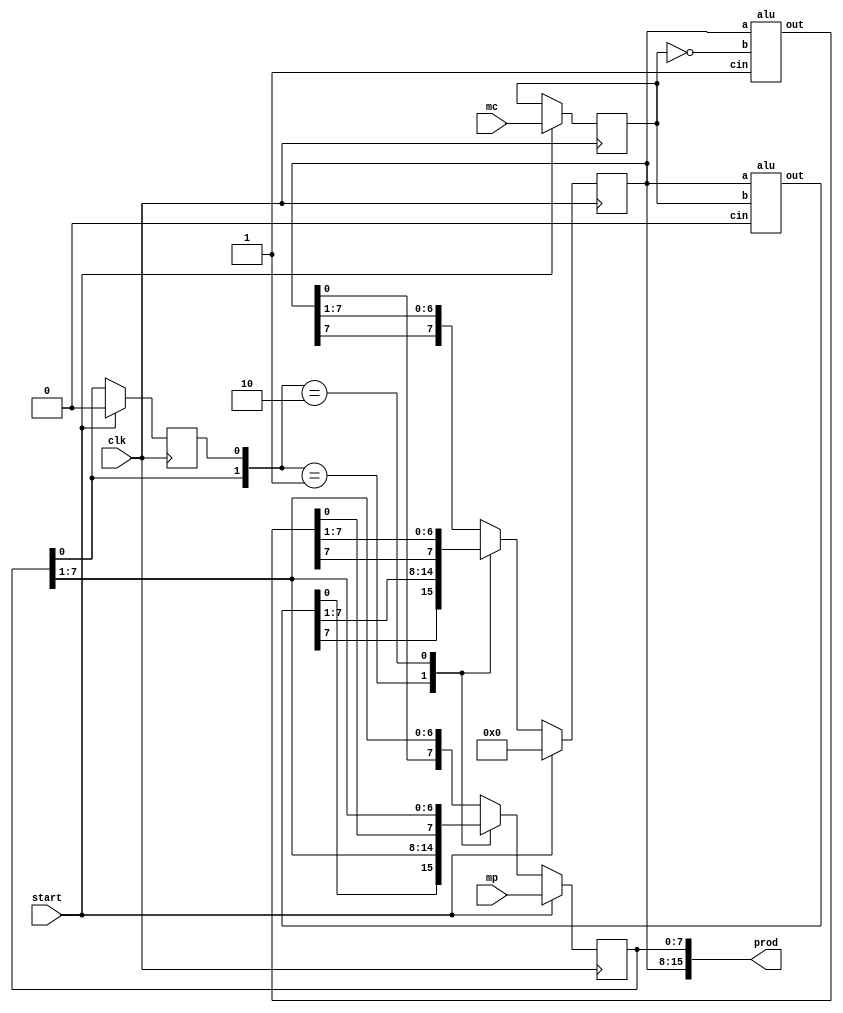
`timescale 1ns / 1ps
//////////////////////////////////////////////////////////////////////////////////
// Company: 
// Engineer: 
// 
// Design Name: 
// Module Name:    BoothMultiplier 
// Project Name: 
// Target Devices: 
// Tool versions: 
// Description: 
//
// Dependencies: 
//
// Revision: 
// Revision 0.01 - File Created
// Additional Comments: 
//
//////////////////////////////////////////////////////////////////////////////////
module BoothMultiplier(prod, mc, mp, clk, start);
	output [15:0] prod;
	input [7:0] mc, mp;
	input clk, start;
	reg [7:0] A, Q, M;
	reg Q_1;
	reg [3:0] count;
	wire [7:0] sum, difference;
	always 
	@(posedge clk)
	begin
	if (start) begin
	A <= 8'b0;      
	M <= mc;
	Q <= mp;
	Q_1 <= 1'b0;      
	count <= 4'b0;
	end
	else begin
	case ({Q[0], Q_1})
	2'b0_1 : {A, Q, Q_1} <= {sum[7], sum, Q};
	2'b1_0 : {A, Q, Q_1} <= {difference[7], difference, Q};
	default: {A, Q, Q_1} <= {A[7], A, Q};
	endcase
	count <= count + 1'b1;
	end
	end
	alu adder (sum, A, M, 1'b0);
	alu subtracter (difference, A, ~M, 1'b1);
	assign prod = {A, Q};
endmodule

module alu(out, a, b, cin);
	output [7:0] out;
	input [7:0] a;
	input [7:0] b;
	input cin;
	assign out = a + b + cin;
endmodule